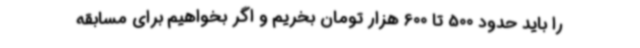
را باید حدود 500 تا 600 هزار تومان بخریم و اگر بخواهیم برای مسابقه